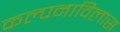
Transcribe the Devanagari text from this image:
कल्पनाविलास